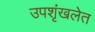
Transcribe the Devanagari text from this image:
उपशृंखलेत